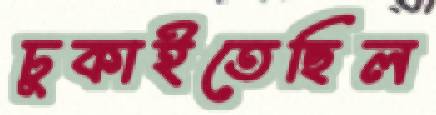
ঢুকাইতেছিল